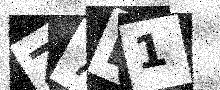
Text: Z7E1